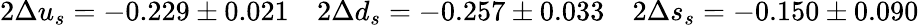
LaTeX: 2\Delta u_{s}=-0.229\pm 0.021\quad 2\Delta d_{s}=-0.257\pm 0.033\quad 2\Delta s_{s}=-0.150\pm 0.090